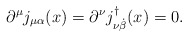
\begin{align*}\partial^{\mu} j_{\mu \alpha}(x)= \partial^{\nu} j_{\nu {\dot {\beta}}}^{\dag}(x)=0.\end{align*}